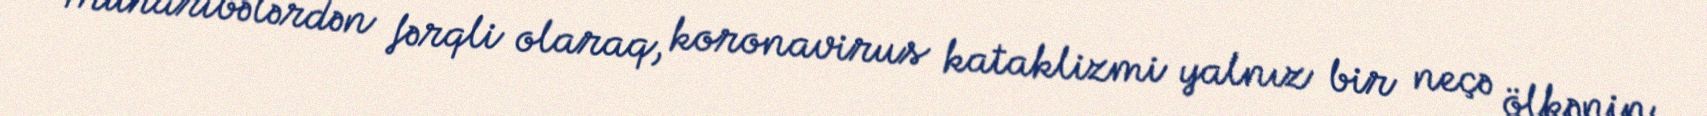
Müharibələrdən fərqli olaraq, koronavirus kataklizmi yalnız bir neçə ölkənin